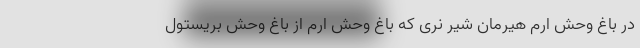
در باغ وحش ارم هیرمان شیر نری که باغ‌ وحش ارم از باغ وحش بریستول